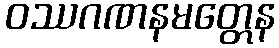
ဝဿဂဏနမတ္တေန